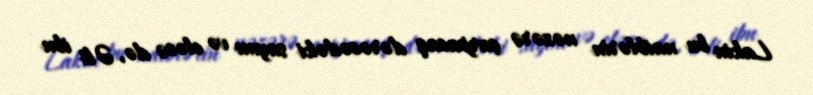
Lakin bu naiblərin nəzərə çarpacaq dərəcədəki sayını və eləcə də, Əli ibn